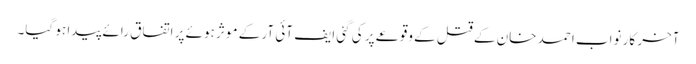
آخر کار نواب احمد خان کے قتل کے وقوعے پر کی گئی ایف آئی آر کے موثر ہوئے پر اتفاق رائے پیدا ہو گیا۔